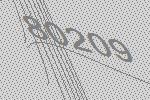
80209